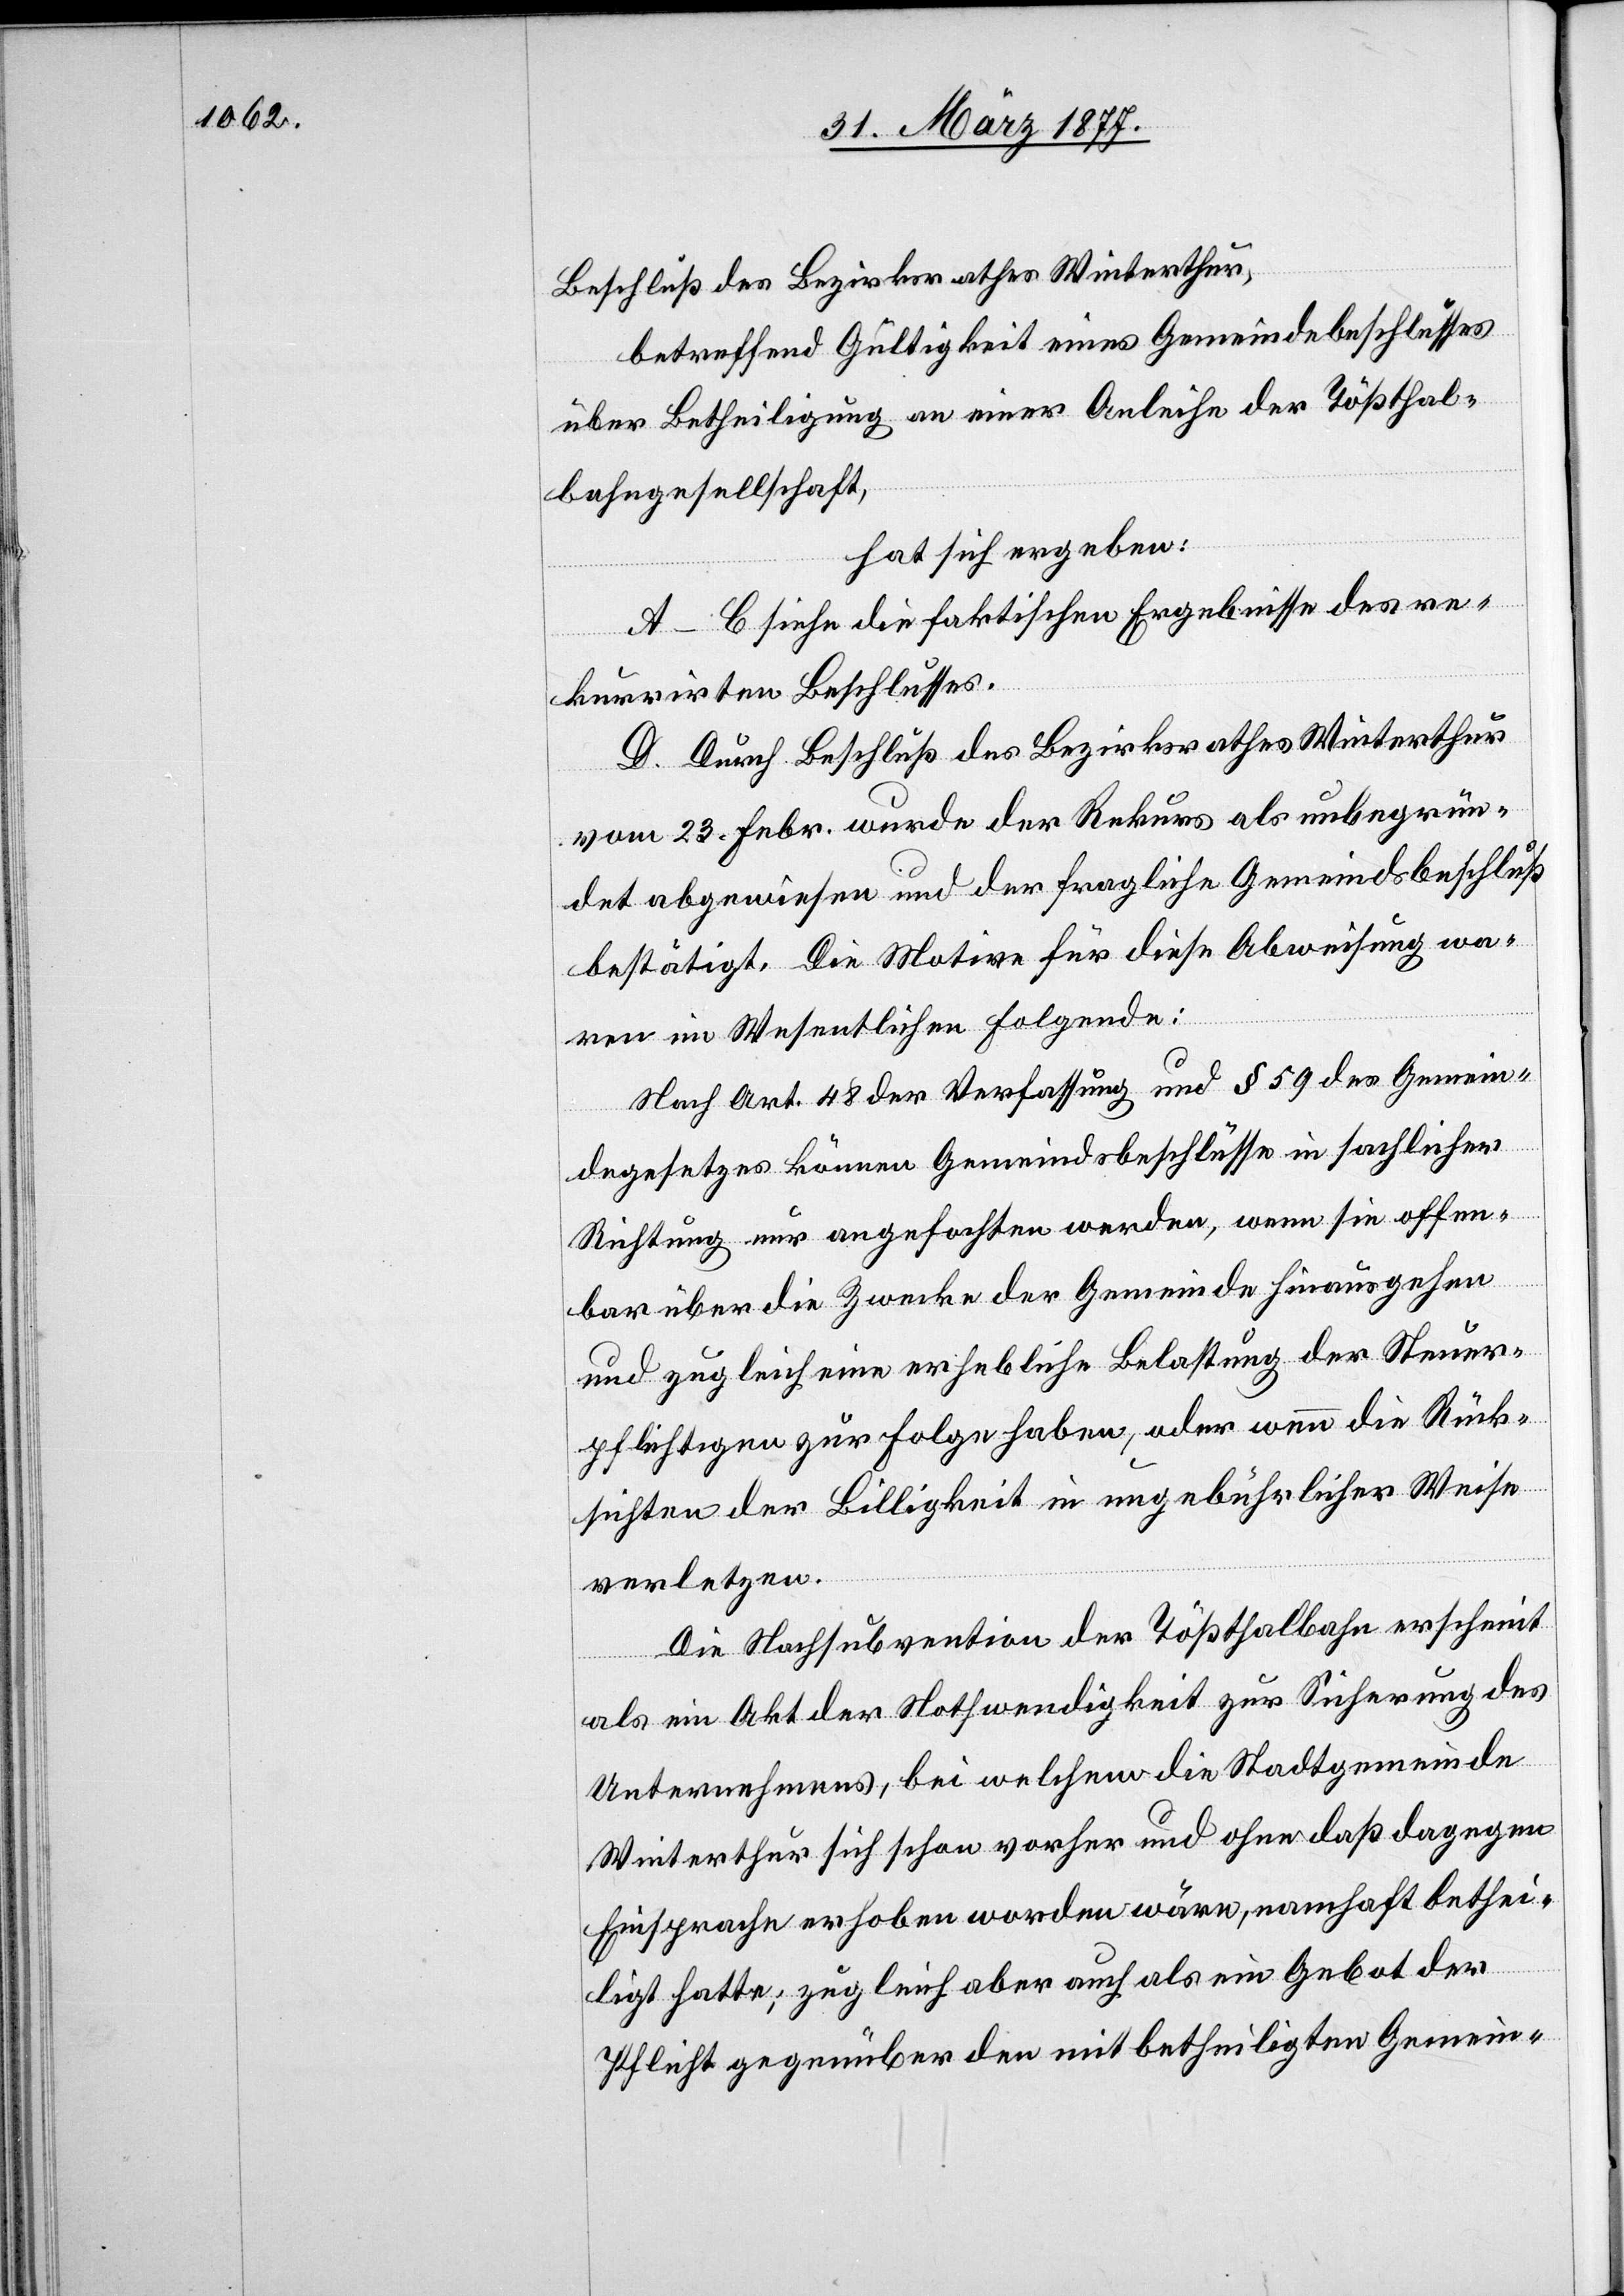
Beschluß des Bezirksrathes Winterthur,
betreffend Gültigkeit eines Gemeindebeschlusses
über Betheiligung an einer Anleihe der Tößthal¬
bahngesellschaft,
hat sich ergeben:
A–C siehe die faktischen Ergebnisse des re¬
kurrirten Beschlusses.
D. Durch Beschluß des Bezirksrathes Winterthur
vom 23. Febr. wurde der Rekurs als unbegrün¬
det abgewiesen und der fragliche Gemeindsbeschluß
bestätigt. Die Motive für diese Abweisung wa¬
ren im Wesentlichen folgende:
Nach Art. 48 der Verfassung und § 59 des Gemein¬
degesetzes können Gemeindsbeschlüsse in sachlicher
Richtung nur angefochten werden, wenn sie offen¬
bar über die Zwecke der Gemeinde hinausgehen
und zugleich eine erhebliche Belastung der Steuer¬
pflichtigen zur Folge haben, oder wenn [sie] die Rück¬
sichten der Billigkeit in ungebührlicher Weise
verletzen.
Die Nachsubvention der Tößthalbahn erscheint
als ein Akt der Nothwendigkeit zur Sicherung des
Unternehmens, bei welchem die Stadtgemeinde
Winterthur sich schon vorher und ohne daß dagegen
Einsprache erhoben worden wäre, namhaft bethei¬
ligt hatte; zugleich aber auch als ein Gebot der
Pflicht gegenüber den mitbetheiligten Gemein-